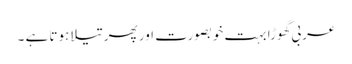
عربی گھوڑا بہت خوبصورت اور پھر تیلا ہوتا ہے ۔